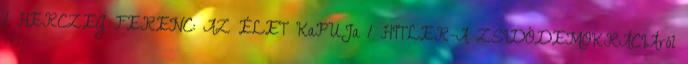
1 HERCZEG FERENC: AZ ÉLET KaPUJa 1 HITLER-A ZSIDÓDEMOKRÁCIÁról